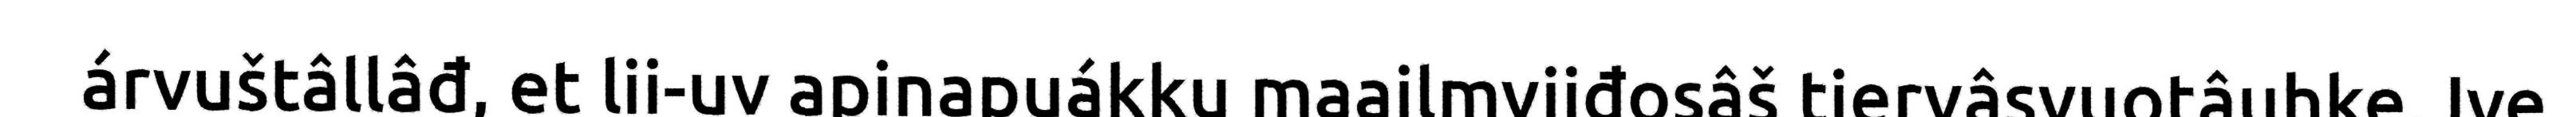
árvuštâllâđ, et lii-uv apinapuákku maailmvijđosâš tiervâsvuotâuhke. Ive